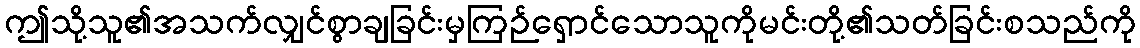
ဤသို့သူ၏အသက်လျှင်စွာချခြင်းမှကြဉ်ရှောင်သောသူကိုမင်းတို့၏သတ်ခြင်းစသည်ကို